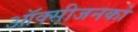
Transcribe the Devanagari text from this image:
ऑक्सीजनको